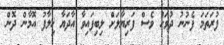
ފުރަތަމަ ފެނުނު ދުވަހު ވެސް ފަރިޔާލަށް ލިބިފައިވާ އާދަޔާ ޚިލާފު އޮމާން ދޮން